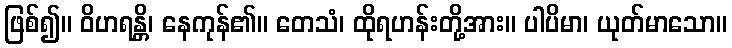
ဖြစ်၍။ ဝိဟရန္တိ၊ နေကုန်၏။ တေသံ၊ ထိုရဟန်းတို့အား။ ပါပိမာ၊ ယုတ်မာသော။